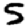
Digit: 5